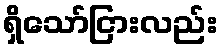
ရှိသော်ငြားလည်း